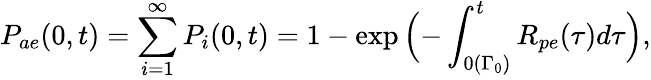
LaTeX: P_{ae}(0,t)=\sum_{i=1}^{\infty}P_{i}(0,t)=1-\exp{\Bigl(-\int_{0(\Gamma_{0})}^{t}R_{pe}(\tau)d\tau\Bigr)},